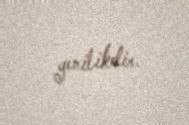
yenilikdir.